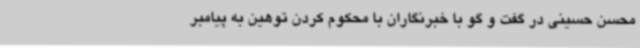
محسن حسینی در گفت و گو با خبرنگاران با محکوم کردن توهین به پیامبر